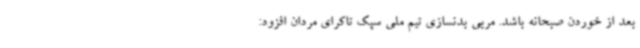
بعد از خوردن صبحانه باشد. مربی بدنسازی تیم ملی سپک تاکرای مردان افزود: